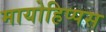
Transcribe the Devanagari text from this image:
मायोहिप्पस